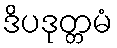
ဒိပဒုတ္တမံ